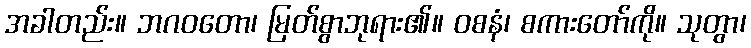
အခါတည်း။ ဘဂဝတော၊ မြတ်စွာဘုရား၏။ ဝစနံ၊ စကားတော်ကို။ သုတွာ၊